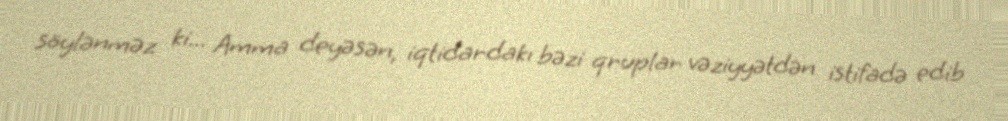
söylənməz ki... Amma deyəsən, iqtidardakı bəzi qruplar vəziyyətdən istifadə edib